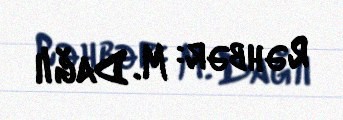
Rəhbər: M. Dağlı